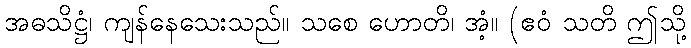
အဓသိဋ္ဌံ၊ ကျန်နေသေးသည်။ သစေ ဟောတိ၊ အံ့။ (ဧဝံ သတိ ဤသို့